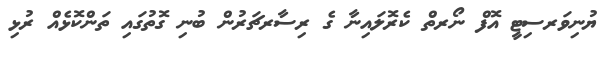
ޔުނިވަރސިޓީ އޮފް ނޯރތް ކެރޮލައިނާ ގެ ރިސާރޗަރުން ބުނި ގޮތުގައި ތަންކޮޅެއް ރުޅި